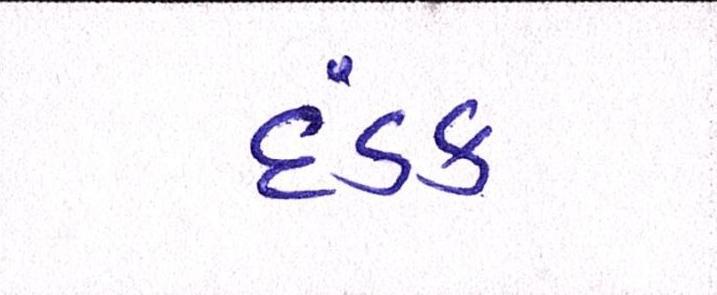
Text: દંડક